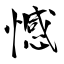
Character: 憾